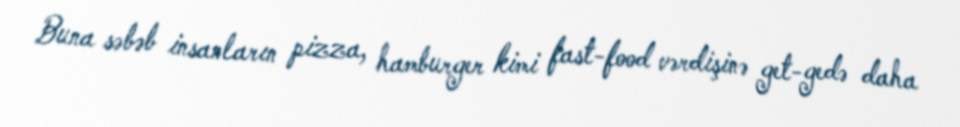
Buna səbəb insanların pizza, hamburger kimi fast-food vərdişinə get-gedə daha